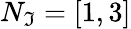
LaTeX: N_{\mathfrak{I}}=[1,3]